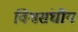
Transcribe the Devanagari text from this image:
विश्वसंघीय